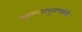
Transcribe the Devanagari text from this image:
चुलत्यापुतण्यांनी